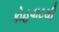
કોહવાટથી